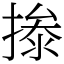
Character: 𰔝